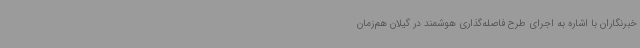
خبرنگاران با اشاره به اجرای طرح فاصله‌گذاری هوشمند در گیلان هم‌زمان